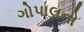
ગોપાલનો